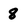
Character: 8